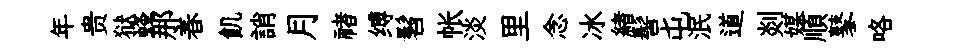
年贵狱蜂那春飢誚月禇缚髫帐淡里念冰緖髻屯泯道剡媒順鼕咯